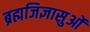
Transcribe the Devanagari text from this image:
ब्रह्मजिज्ञासुओं